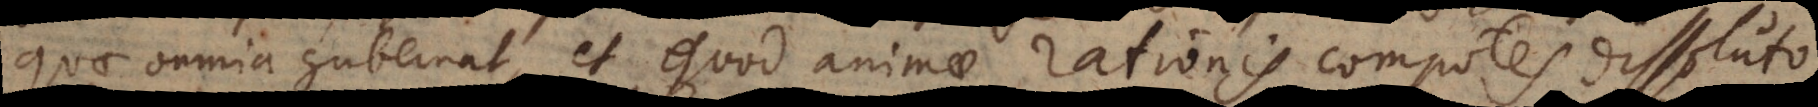
quae omnia gubernat, et quod animae rationis compotes dissoluto